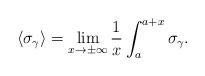
LaTeX: \begin{align*}\langle \sigma_\gamma\rangle=\lim_{x\to\pm\infty} \frac{1}{x}\int_a^{a+x}\sigma_\gamma.\end{align*}